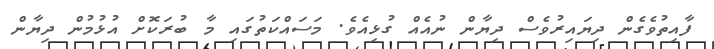
ފާއިތުވެގެން ދިޔައިރުވެސް ދިޔާން ނުއެއް ގުޅިއެވެ. މަސައްކަތުގައި މާ ބުރަކޮށް އުޅުމުން ދިޔާން